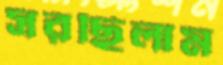
সরছিলাম